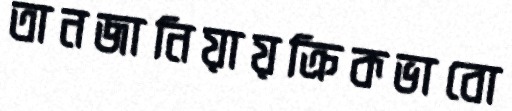
তানজানিয়ায়ক্রিকভাবো